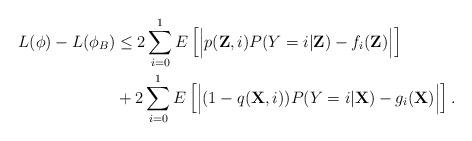
LaTeX: \begin{align*}L(\phi) - L(\phi_{B}) &\leq 2 \sum_{i=0}^{1} E \left[ \Big| p(\textbf{Z},i)P(Y=i \vert \textbf{Z}) - f_{i}(\textbf{Z}) \Big| \right]\\ &+ 2 \sum_{i=0}^{1} E \left[ \Big| (1-q(\textbf{X},i))P(Y=i \vert \textbf{X}) - g_{i}(\textbf{X}) \Big| \right].\end{align*}